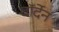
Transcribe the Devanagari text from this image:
वॉर्देन